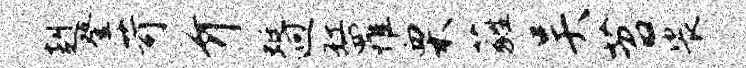
赳登苛介蜓迥缸罹栗蕤吴苕裟